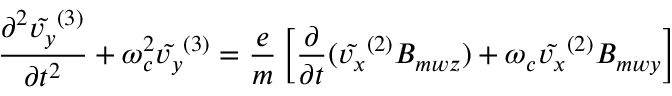
\frac { \partial ^ { 2 } \tilde { v _ { y } } ^ { ( 3 ) } } { \partial t ^ { 2 } } + \omega _ { c } ^ { 2 } \tilde { v _ { y } } ^ { ( 3 ) } = \frac { e } { m } \left[ \frac { \partial } { \partial t } ( \tilde { v _ { x } } ^ { ( 2 ) } B _ { m w z } ) + \omega _ { c } \tilde { v _ { x } } ^ { ( 2 ) } B _ { m w y } \right]